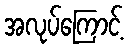
အလုပ်ကြောင့်